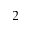
^ 2